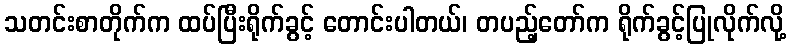
သတင်းစာတိုက်က ထပ်ပြီးရိုက်ခွင့် တောင်းပါတယ်၊ တပည့်တော်က ရိုက်ခွင့်ပြုလိုက်လို့